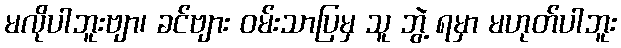
မလိုပါဘူးဗျာ၊ ခင်ဗျား ဝမ်းသာပြမှ သူ ဘွဲ့ ရမှာ မဟုတ်ပါဘူး